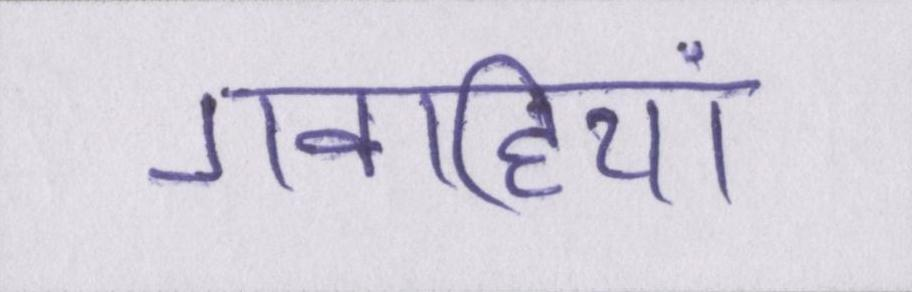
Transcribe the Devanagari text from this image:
गवाहियां